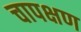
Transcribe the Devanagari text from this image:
चापक्षण